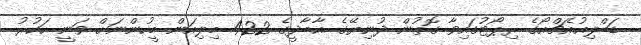
ޑަބްލިއުއެޗްއޯގެ ރިޕޯޓުގައިވާ ގޮތުން ދުނިޔޭގެ އާބާދީގެ 422 މިލިއަން މީހުންނަށް ވަނީ ހަކުރު